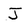
Character: J